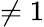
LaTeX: \neq 1